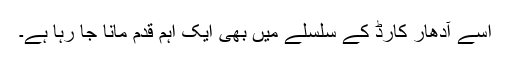
اسے آدھار کارڈ کے سلسلے میں بھی ایک اہم قدم مانا جا رہا ہے۔